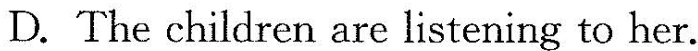
D.The children are listening to her.